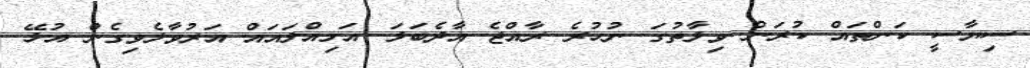
ސިޔާސީ ކަންތައް ކުރަން ވިލާތުގަ ނުހުރެ ރާއްޖެ އާދެބަލަ. އަމިއްލައައް އަރުވާލެވިގެން އުޅޭ